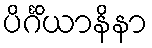
ပိင်္ဂိယာနိနာ